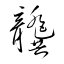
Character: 龔